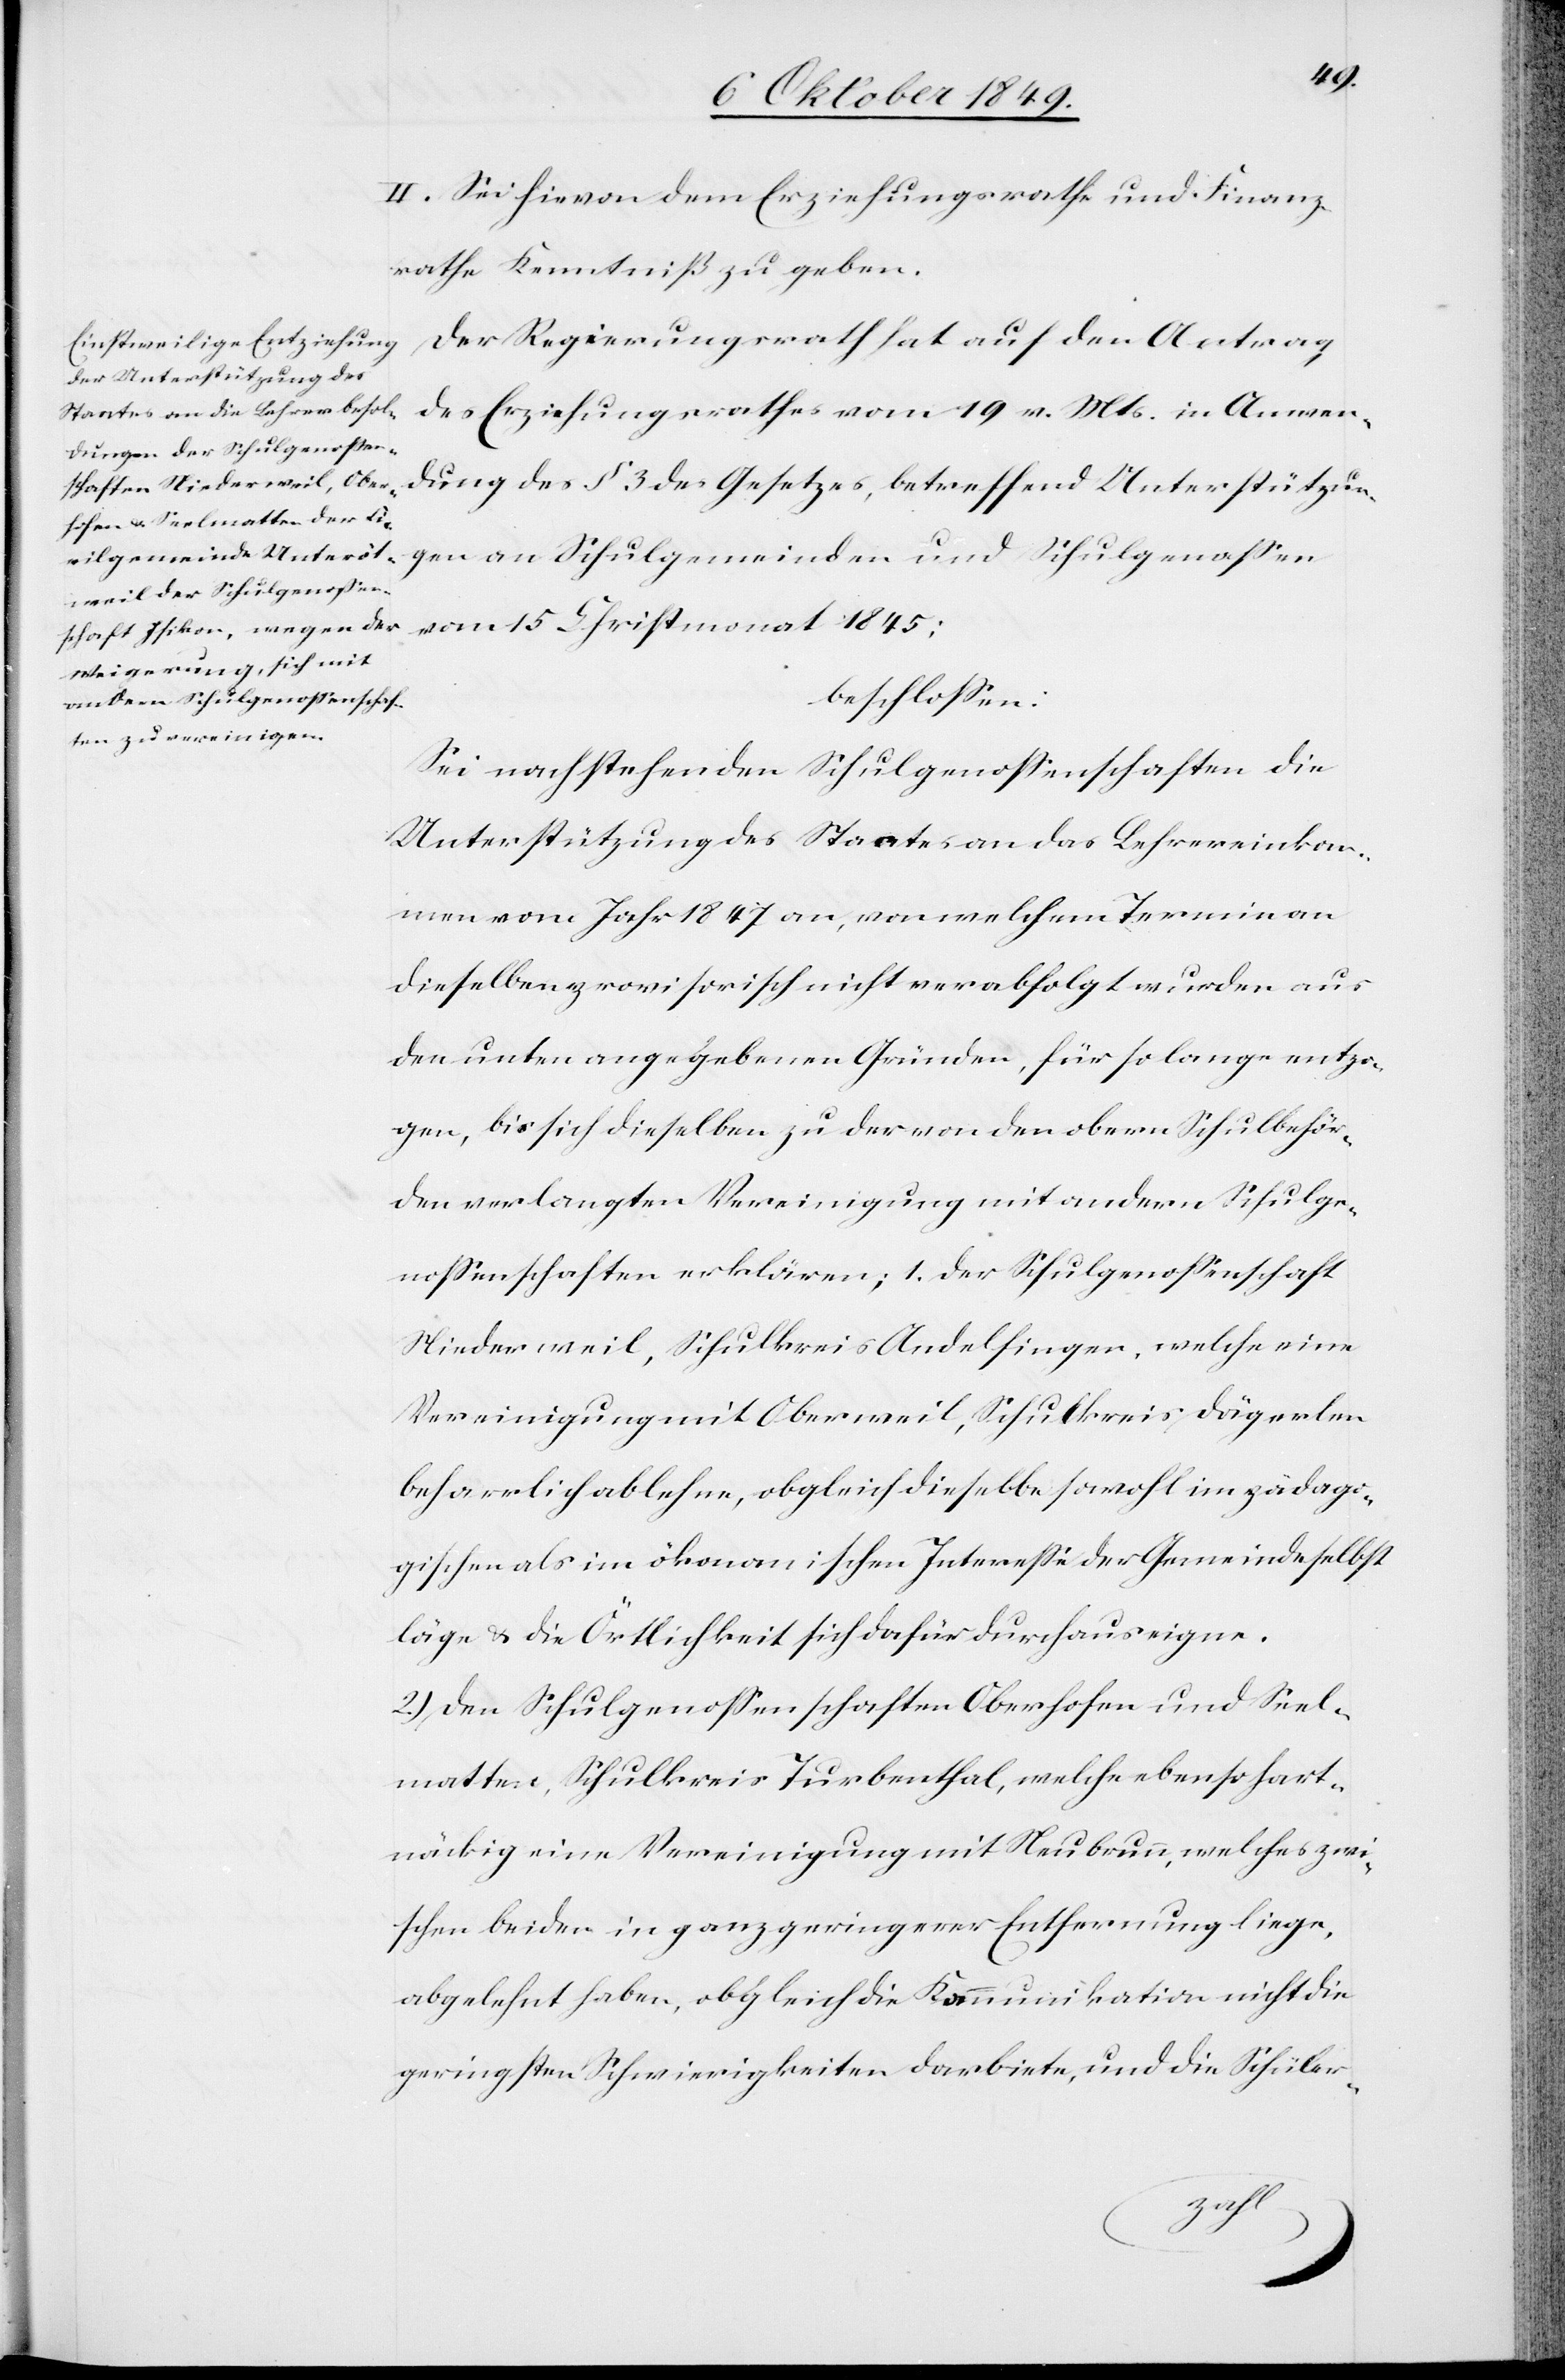
dung
II. Sei hievon dem Erziehungsrathe und Finanz¬
rathe Kenntniß zu geben.
Der Regierungsrath hat auf den Antrag
des Erziehungsrathes vom 19 v. Mts. in Anwen¬
beschloßen:
Sei nachstehenden Schulgenoßenschaften die
Unterstützung des Staates an das Lehrereinkom¬
men vom Jahr 1847 an, von welchem Terrain an
dieselben provisorisch nicht verabfolgt wurden aus
den unten angegebenen Gründen, für so lange entzo¬
gen, bis sich dieselben zu der von den obern Schulbehör¬
den verlangten Vereinigung mit andern Schulge¬
noßenschaften erklären; 1. der Schulgenoßenschaft
Niederweil, Schulkreis Andelfingen, welche eine
Vereinigung mit Oberweil, Schulkreis Dägerlen
beharrlich ablehne, obgleich dieselbe sowohl im pädago¬
gischen als im ökonomischen Intereße der Gemeinde selbst
läge u. die Örtlichkeit sich dafür durchaus eigne.
2.) den Schulgenoßenschaften Oberhofen und Seel¬
matten, Schulkreis Turbenthal, welche ebenso hart¬
näckig eine Vereinigung mit Neubrunn, welches zwi¬
schen beiden in ganz geringerer Entfernung liege,
abgelehnt haben, obgleich die Kommunikation nicht die
geringsten Schwierigkeiten darbiete, und die Schüler-